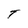
Character: T